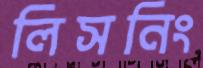
লিসনিং